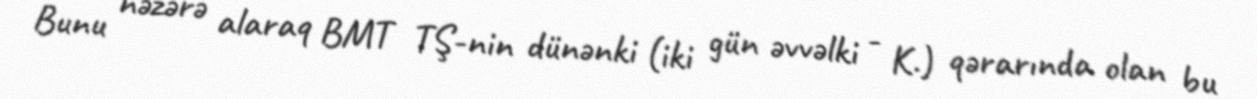
Bunu nəzərə alaraq BMT TŞ-nin dünənki (iki gün əvvəlki - K.) qərarında olan bu